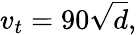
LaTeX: v_{t}=90{\sqrt{d}},